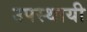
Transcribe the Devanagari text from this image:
उपस्थायी